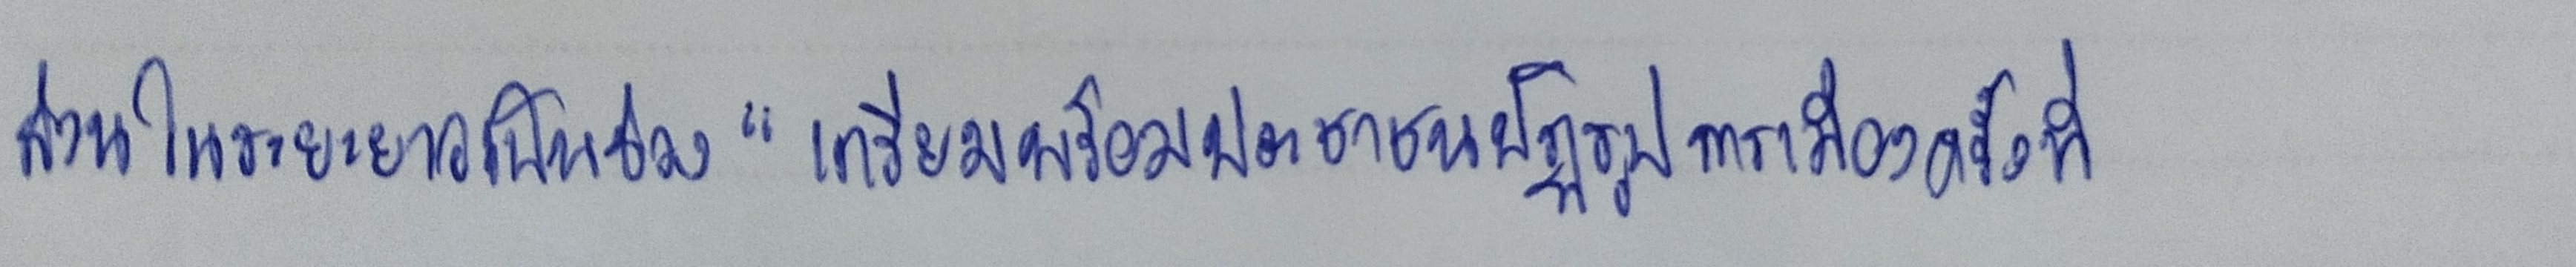
ส่วนในระยะยาวเป็นช่วง"เตรียมพร้อมประชาชนปฏิรูปการเมืองครั้งที่